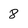
Character: 8